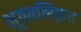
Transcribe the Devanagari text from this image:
भूतवलिकृत